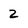
Character: 2